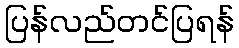
ပြန်လည်တင်ပြရန်